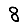
Digit: 8